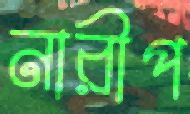
নারীপ